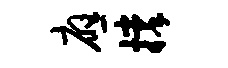
应撑